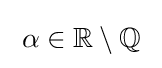
\;\alpha \in \mathbb {R} \setminus \mathbb {Q} \;